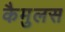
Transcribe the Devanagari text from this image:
कैमुलस